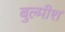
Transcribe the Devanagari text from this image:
बुल्मीश